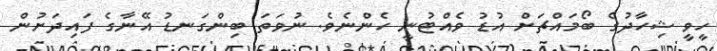
ހީވީ ޝިހާދުގެ ބޯމައްޗަށް އުޑު ވެއްޓުނީ ހެންނެވެ. ނުވަތަ ބިންގަނޑު އޭނާގެ ފައިދަށުން